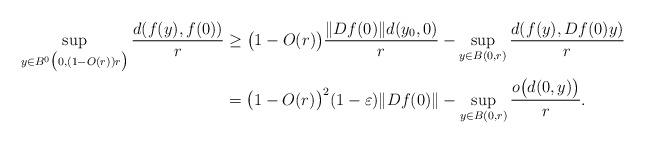
LaTeX: \begin{align*}\sup_{y\in B^0\big(0,(1-O(r))r\big)}\frac{d(f(y),f(0))}{r}&\geq \big(1-O(r)\big)\frac{\|Df(0)\|d(y_0,0)}{r}-\sup_{y\in B(0,r)}\frac{d(f(y),Df(0)y)}{r}\\&=\big(1-O(r)\big)^2(1-\varepsilon)\|Df(0)\|-\sup_{y\in B(0,r)}\frac{o\big(d(0,y)\big)}{r}.\end{align*}